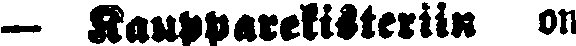
— kaupparekisteriin on